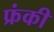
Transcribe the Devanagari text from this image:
फ्रंकी